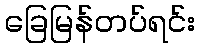
ခြေမြန်တပ်ရင်း